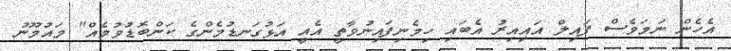
އެހެން ނަމަވެސް ފައިލް އައިއިރު އެބައި ހިމެނިފައިނުވާތީ އެއީ އަޅުގަނޑުމެންގެ ކަންބޮޑުވުމެއް" މައުމޫނު